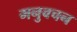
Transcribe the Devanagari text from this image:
मनुवचन